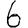
Digit: 6